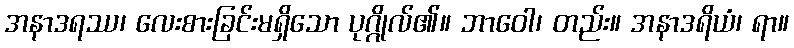
အနာဒရဿ၊ လေးစားခြင်းမရှိသော ပုဂ္ဂိုလ်၏။ ဘာဝေါ၊ တည်း။ အနာဒရိယံ၊ ရာ။